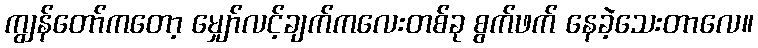
ကျွန်တော်ကတော့ မျှော်လင့်ချက်ကလေးတစ်ခု စွက်ဖက် နေခဲ့သေးတာလေ။